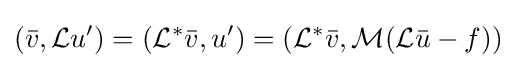
({\bar {v}},{\mathcal {L}}u')=({\mathcal {L}}^{*}{\bar {v}},u')=({\mathcal {L}}^{*}{\bar {v}},{\mathcal {M}}({\mathcal {L}}{\bar {u}}-f))